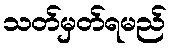
သတ်မှတ်ရမည်